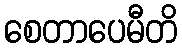
စေတာပေမီတိ